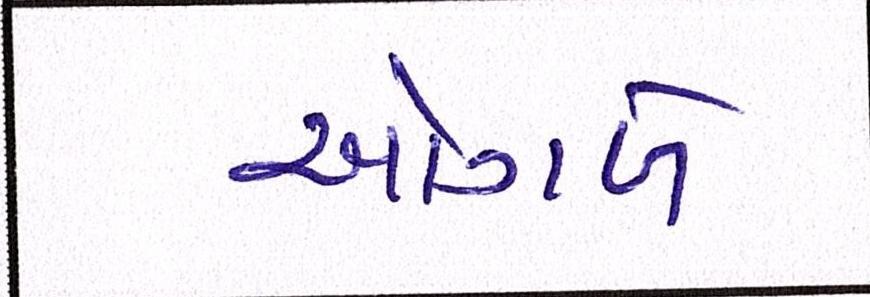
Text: ઓગળે